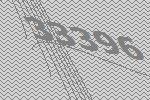
33396